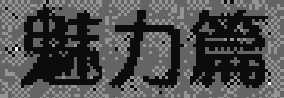
魅力篇